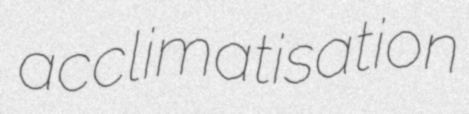
acclimatisation